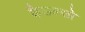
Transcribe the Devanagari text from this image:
कैडल्सो